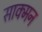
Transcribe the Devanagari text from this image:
साक्मन